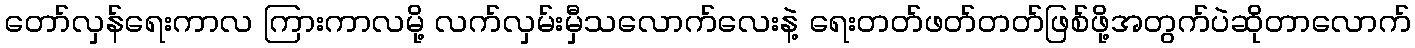
တော်လှန်ရေးကာလ ကြားကာလမို့ လက်လှမ်းမှီသလောက်လေးနဲ့ ရေးတတ်ဖတ်တတ်ဖြစ်ဖို့အတွက်ပဲဆိုတာလောက်